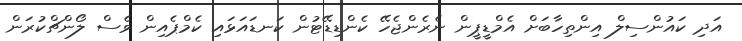
އަދި ކައުންސިލް އިންތިހާބަށް އެމްޑީޕީން ނެރެންޖެހޭ ކެންޑިޑޭޓުން ކަނޑައަޅައި ކެމްޕެއިން ވެސް ލޯންޗްކުރަން